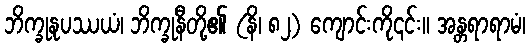
ဘိက္ခုနုပဿယံ၊ ဘိက္ခုနီတို့၏ (နိ၊ ၈၂) ကျောင်းကို၎င်း။ အန္တရာရာမံ၊